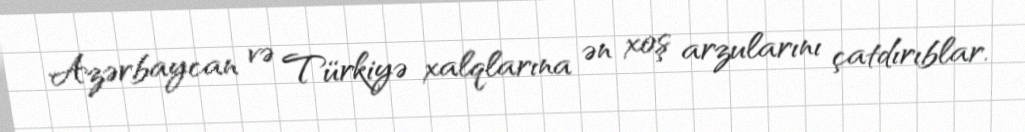
Azərbaycan və Türkiyə xalqlarına ən xoş arzularını çatdırıblar.